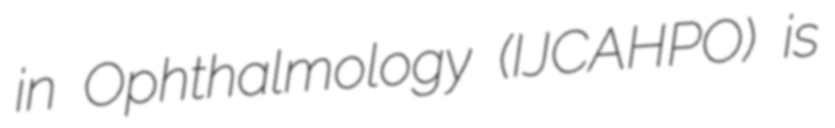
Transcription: in Ophthalmology (IJCAHPO) is